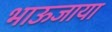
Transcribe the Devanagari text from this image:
भाऊजाया